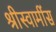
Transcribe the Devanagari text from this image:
श्रीस्वामींस